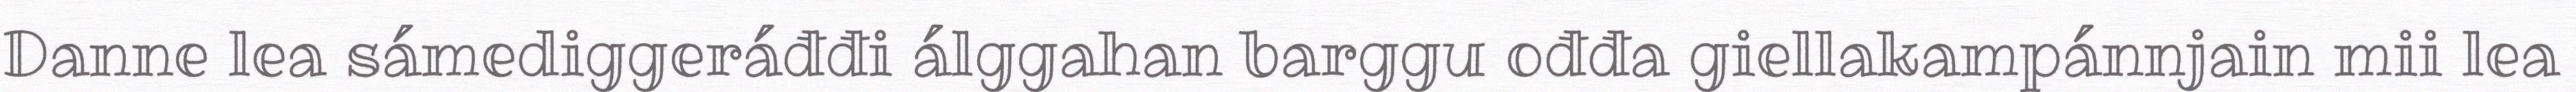
Danne lea sámediggeráđđi álggahan barggu ođđa giellakampánnjain mii lea